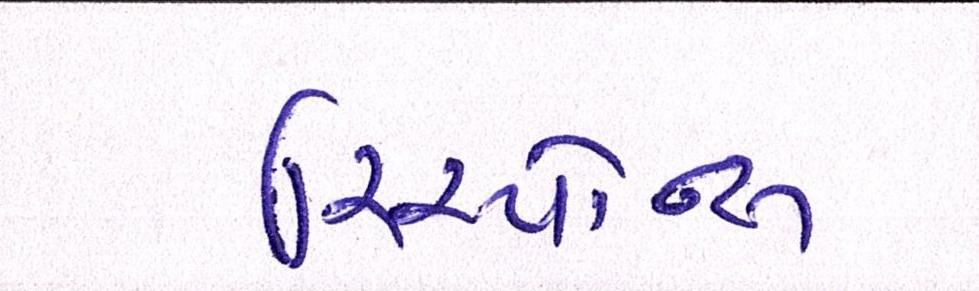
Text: રિસ્પોન્સ